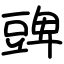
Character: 豍